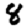
Digit: 8